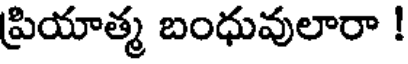
ప్రియాత్మ బంధువులారా !